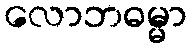
လောဘဓမ္မာ